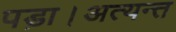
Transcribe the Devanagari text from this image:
पड़ा।अत्यन्त